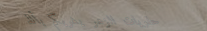
حلويات الزهر يغريكم بألذ